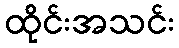
ထိုင်းအသင်း